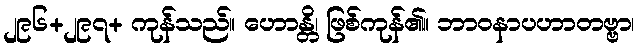
၂၉၆+၂၉၇+ ကုန်သည်။ ဟောန္တိ၊ ဖြစ်ကုန်၏။ ဘာဝနာပဟာတဗ္ဗာ၊